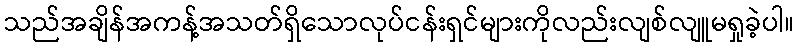
သည်အချိန်အကန့်အသတ်ရှိသောလုပ်ငန်းရှင်များကိုလည်းလျစ်လျူမရှုခဲ့ပါ။